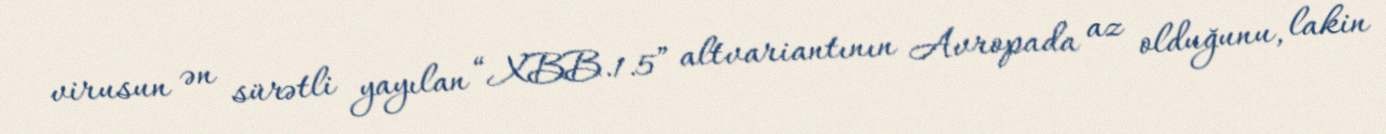
virusun ən sürətli yayılan “XBB.1.5” altvariantının Avropada az olduğunu, lakin